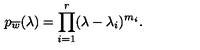
p _ { \overline { { w } } } ( \lambda ) = \prod _ { i = 1 } ^ { r } ( \lambda - \lambda _ { i } ) ^ { m _ { i } } .